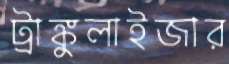
ট্রাঙ্কুলাইজার